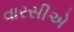
વારસીએ